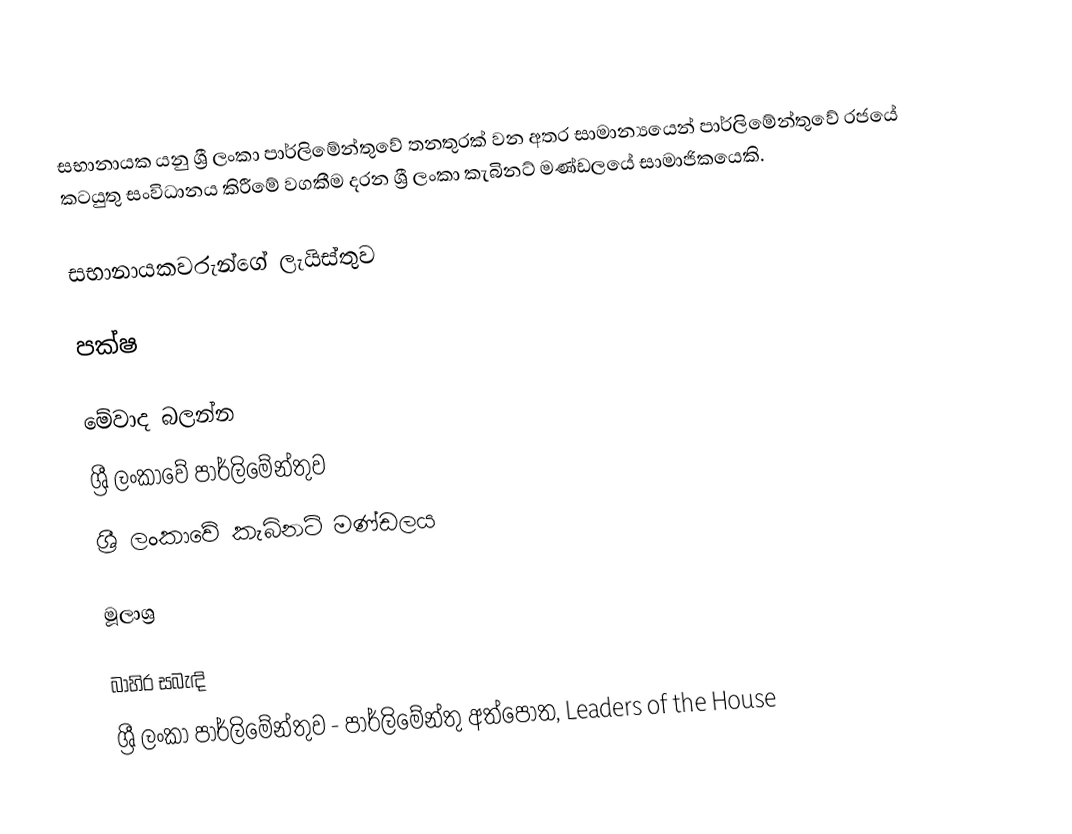
සභානායක යනු ශ්‍රී ලංකා පාර්ලිමේන්තුවේ තනතුරක් වන අතර සාමාන්‍යයෙන් පාර්ලිමේන්තුවේ රජයේ කටයුතු සංවිධානය කිරීමේ වගකීම දරන ශ්‍රී ලංකා කැබිනට් මණ්ඩලයේ සාමාජිකයෙකි.

සභානායකවරුන්ගේ ලැයිස්තුව

පක්ෂ

මේවාද බලන්න
ශ්‍රී ලංකාවේ පාර්ලිමේන්තුව
ශ්‍රී ලංකාවේ කැබිනට් මණ්ඩලය

මූලාශ්‍ර

බාහිර සබැඳි
ශ්‍රී ලංකා පාර්ලිමේන්තුව - පාර්ලිමේන්තු අත්පොත, Leaders of the House